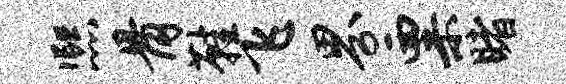
熙骨鞋飞界粟睹